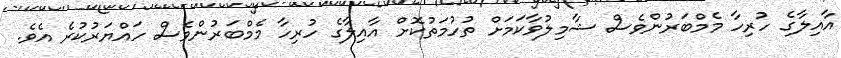
އާއިލާގެ ހުރިހާ މެމްބަރުންވެސް ޝާމިލުވާކަމަށް ތުހުމަތުކޮށް އާއިލާގެ ހުރިހާ މެމްބަރުންވެސް ހައްޔަރުކުރެ އެވެ.